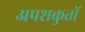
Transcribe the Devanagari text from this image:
अपशकुतों